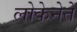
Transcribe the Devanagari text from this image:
लोकेनेते